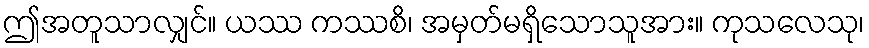
ဤအတူသာလျှင်။ ယဿ ကဿစိ၊ အမှတ်မရှိသောသူအား။ ကုသလေသု၊